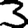
Digit: 3